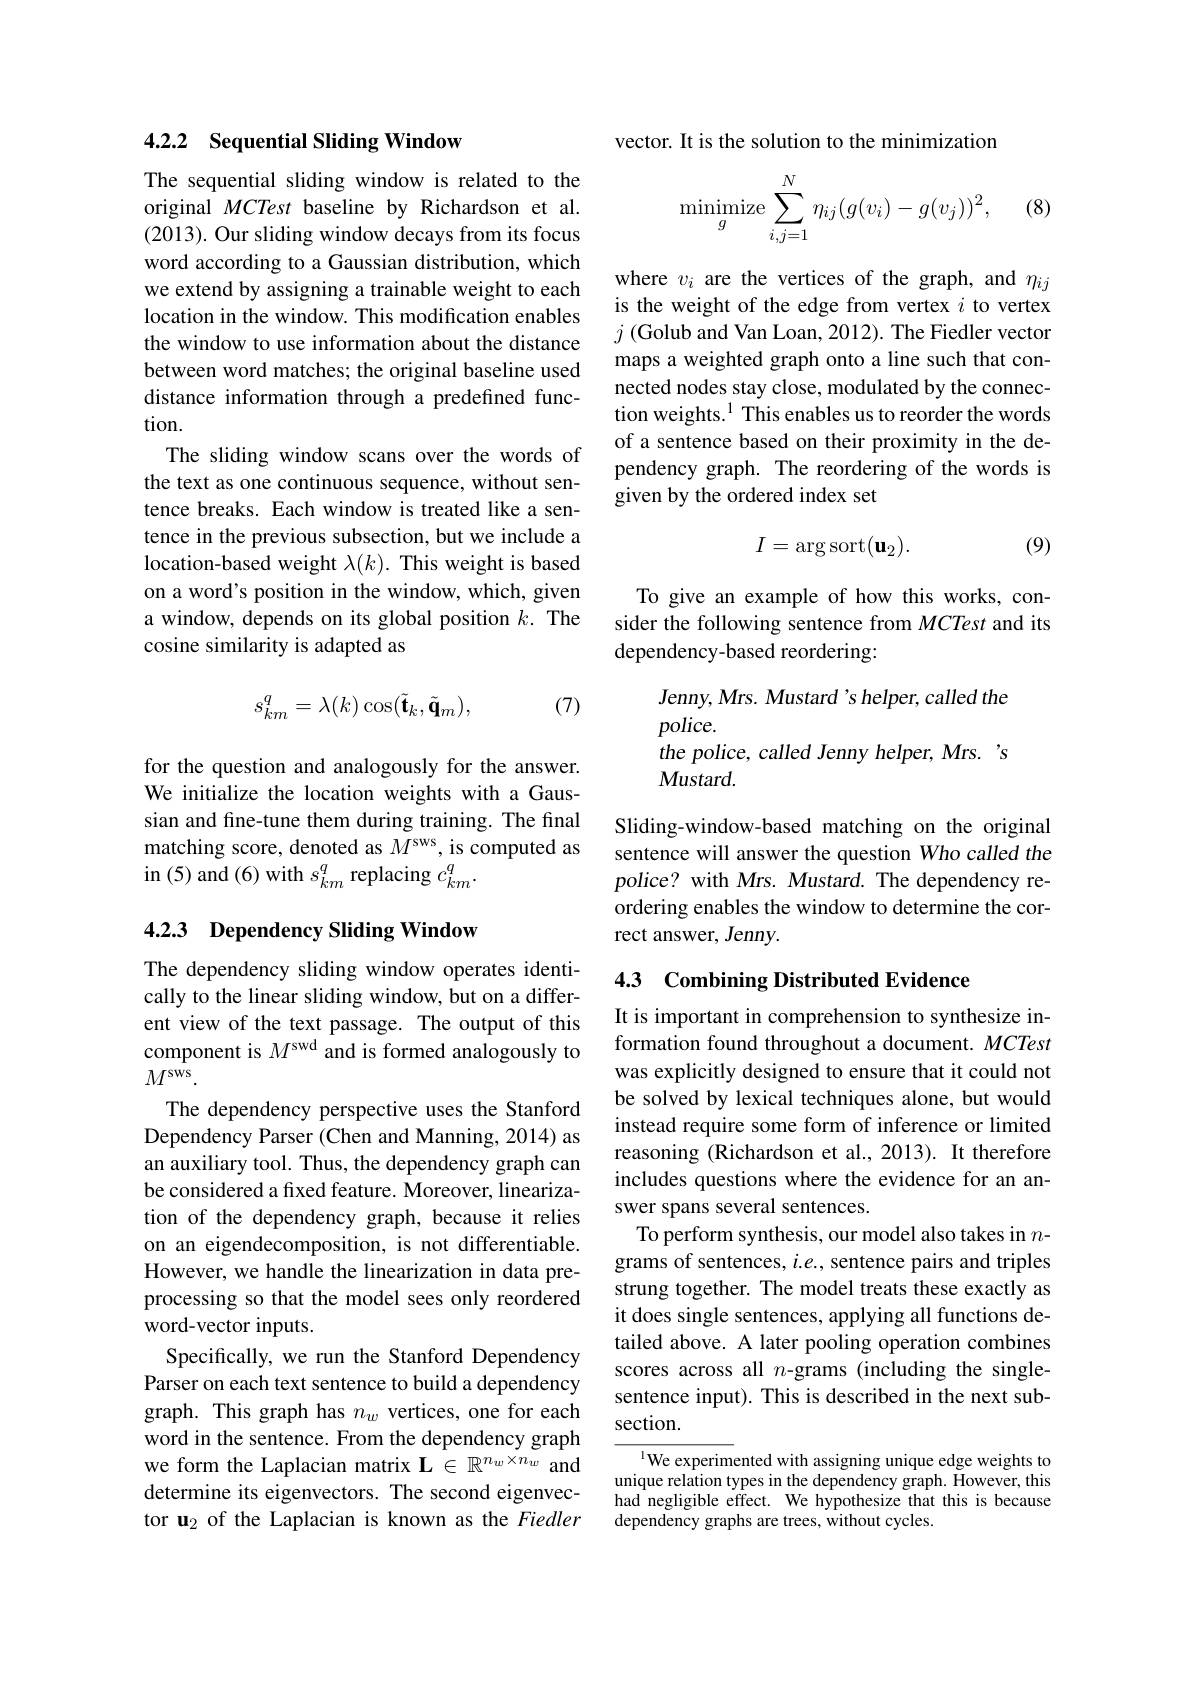
# 4.2.2 Sequential Sliding Window

The sequential sliding window is related to the original MCTest baseline by Richardson et al. (2013). Our sliding window decays from its focus word according to a Gaussian distribution, which we extend by assigning a trainable weight to each location in the window. This modification enables the window to use information about the distance between word matches; the original baseline used distance information through a predefined function.
The sliding window scans over the words of the text as one continuous sequence, without sentence breaks. Each window is treated like a sentence in the previous subsection, but we include a location-based weight $\lambda(k).$ This weight is based on a word's position in the window, which, given a window, depends on its global position $k.$ The cosine similarity is adapted as
$$s_{km}^q=\lambda(k)\cos(\tilde{\mathbf{t}}_k,\tilde{\mathbf{q}}_m),$$
(7)

for the question and analogously for the answer. We initialize the location weights with a Gaussian and fine-tune them during training. The final matching score, denoted as $M^\mathrm{sws}$, is computed as in (5) and (6) with $s_km^q$ replacing $c_km^q.$

## 4.2.3 Dependency Sliding Window

The dependency sliding window operates identically to the linear sliding window, but on a different view of the text passage. The output of this component is $M^\mathrm{swd}$ and is formed analogously to $M^\mathrm{sws}.$
The dependency perspective uses the Stanford Dependency Parser (Chen and Manning, 2014) as an auxiliary tool. Thus, the dependency graph can be considered a fixed feature. Moreover, linearization of the dependency graph, because it relies on an eigendecomposition, is not differentiable. However, we handle the linearization in data preprocessing so that the model sees only reordered word-vector inputs.
Specifically, we run the Stanford Dependency Parser on each text sentence to build a dependency graph. This graph has $n_w$ vertices, one for each word in the sentence. From the dependency graph we form the Laplacian matrix $\mathbf{L}\in\mathbb{R}^{n_w\times n_w}$ and determine its eigenvectors. The second eigenvector u$_{2}$ of the Laplacian is known as the Fiedler

vector. It is the solution to the minimization

(8)
$$\underset{g}{\text{minimize}}\sum\limits_{i,j=1}^N\eta_{ij}(g(v_i)-g(v_j))^2,$$
where $v_i$ are the vertices of the graph, and $\eta_{ij}$ is the weight of the edge from vertex $i$ to vertex $j\left(\text{Golub and Van Loan, 2012). The Fiedler vector}\right)$ maps a weighted graph onto a line such that connected nodes stay close, modulated by the connection weights.$^{1}$ This enables us to reorder the words of a sentence based on their proximity in the dependency graph. The reordering of the words is given by the ordered index set

(9)
$$I=\arg\operatorname{sort}(\mathbf{u}_{2}).$$
To give an example of how this works, consider the following sentence from MCTest and its dependency-based reordering:

Sliding-window-based matching on the original sentence will answer the question Who called the police? with Mrs. Mustard. The dependency reordering enables the window to determine the correct answer, Jenny.

## 4.3 Combining Distributed Evidence

It is important in comprehension to synthesize information found throughout a document. MCTest was explicitly designed to ensure that it could not be solved by lexical techniques alone, but would instead require some form of inference or limited reasoning (Richardson et al.,2013). It therefore includes questions where the evidence for an answer spans several sentences.
To perform synthesis, our model also takes in $n$- grams of sentences, $i.e.$, sentence pairs and triples strung together. The model treats these exactly as it does single sentences, applying all functions detailed above. A later pooling operation combines scores across all $n$-grams (including the singlesentence input). This is described in the next subsection.

$^{\text{l}}$We experimented with assigning unique edge weights to unique relation types in the dependency graph. However, this had negligible effect. We hypothesize that this is because dependency graphs are trees, without cycles.